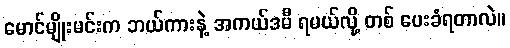
မောင်မျိုးမင်းက ဘယ်ကားနဲ့ အကယ်ဒမီ ရမယ်လို့ တစ် ပေးခံရတာလဲ။